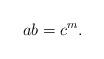
LaTeX: \begin{align*}ab=c^m.\end{align*}